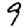
Digit: 9